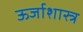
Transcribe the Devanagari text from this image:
ऊर्जाशास्त्र